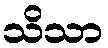
သိသာ